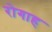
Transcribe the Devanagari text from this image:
रोगाह